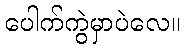
ပေါက်ကွဲမှာပဲလေ။